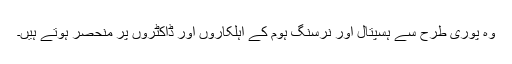
وہ پوری طرح سے ہسپتال اَور نرسنگ ہوم کے اہلکاروں اَور ڈاکٹروں پر منحصر ہوتے ہیں۔